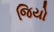
જિયો